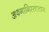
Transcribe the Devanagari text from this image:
अफगानिस्तातान